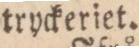
tryckeriet.